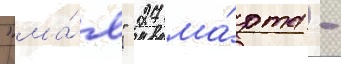
"ма́я" 27 ма́рта -